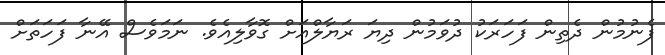
ފެނުމުން ދެތިން ފަހަރަކު ދުވަމުން ދިޔަ ރަޔާލްއަށް ގޮވާލިއެވެ. ނަމަވެސް އޭނާ ފަހަތަށް